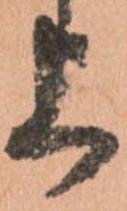
上